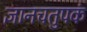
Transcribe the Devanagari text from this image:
ज्ञानचतुपकं